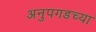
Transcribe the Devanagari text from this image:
अनुपगडच्या